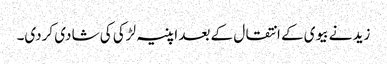
زید نے بیوی کے انتقال کے بعد اپنیہ لڑکی کی شادی کردی۔